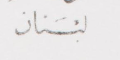
لبنان